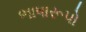
ભાષારૂપો